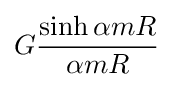
G{\frac {\sinh \alpha mR}{\alpha mR}}